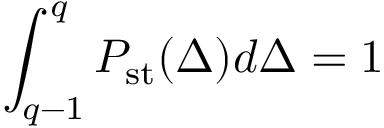
\int _ { q - 1 } ^ { q } P _ { \mathrm { s t } } ( \Delta ) d \Delta = 1